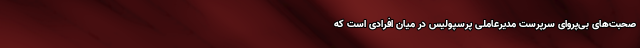
صحبت‌های بی‌پروای سرپرست مدیرعاملی پرسپولیس در میان افرادی است که